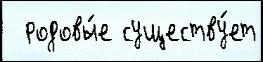
  родовы́е существу́ет